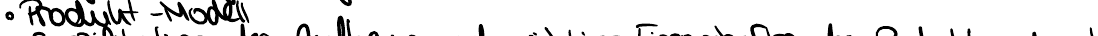
Produkt-Modell